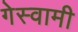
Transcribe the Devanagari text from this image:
गेस्वामी